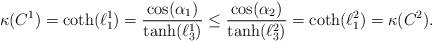
LaTeX: \begin{align*}\kappa(C^1)=\coth(\ell_1^1)=\frac{\cos(\alpha_1)}{\tanh(\ell_3^1)}\leq\frac{\cos(\alpha_2)}{\tanh(\ell_3^2)}=\coth(\ell_1^2)=\kappa(C^2).\end{align*}